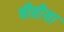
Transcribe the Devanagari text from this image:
बीहीया